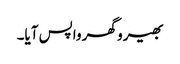
بھیرو گھر واپس آیا۔